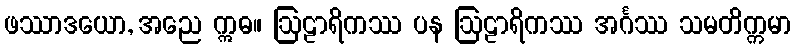
ဖဿာဒယော, အညေ ဣဓ။ ဩဠာရိကဿ ပန ဩဠာရိကဿ အင်္ဂဿ သမတိက္ကမာ